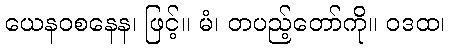
ယေနဝစနေန၊ ဖြင့်။ မံ၊ တပည့်တော်ကို။ ဝဒထ၊